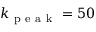
k _ { \mathrm { ~ p ~ e ~ a ~ k ~ } } = 5 0